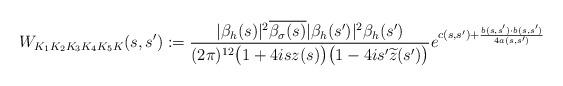
LaTeX: \begin{align*}W_{K_1K_2K_3K_4K_5K}(s,s')&:=\frac{|\beta_h(s)|^2\overline{\beta_\sigma(s)}|\beta_h(s')|^2\beta_h(s')}{(2\pi)^{12}\big(1+4isz(s)\big)\big(1-4is'\widetilde z(s')\big)}e^{c(s,s')+\frac{b(s,s')\cdot b(s,s')}{4a(s,s')}}\end{align*}